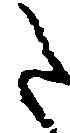
た